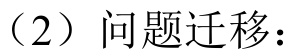
（2）问题迁移：